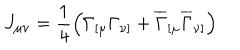
J _ { \mu \nu } = \frac 1 4 \left( \Gamma _ { [ \mu } \Gamma _ { \nu ] } + \overline { { { \Gamma } } } _ { [ \mu } \overline { { { \Gamma } } } _ { \nu ] } \right)